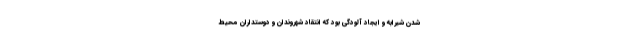
شدن شیرابه و ایجاد آلودگی بود که انتقاد شهروندان و دوستداران محیط